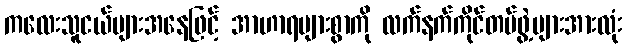
ကလေးသူငယ်များအနေဖြင့် အာဟာရများစွာကို လက်နက်ကိုင်တပ်ဖွဲ့များအားလုံး